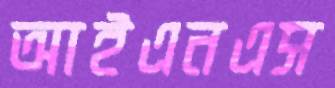
আইএনএস